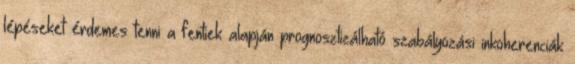
lépéseket érdemes tenni a fentiek alapján prognosztizálható szabályozási inkoherenciák